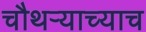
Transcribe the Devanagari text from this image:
चौथर्‍याच्याच